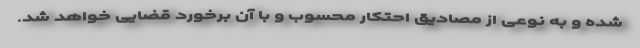
شده و به نوعی از مصادیق احتکار محسوب و با آن برخورد قضایی خواهد شد.